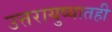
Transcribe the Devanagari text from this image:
उत्तरायुष्यातही